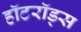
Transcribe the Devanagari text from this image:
हॉटरॉड्स